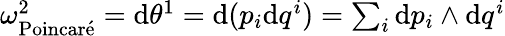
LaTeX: \begin{array}{r}{\omega_{\mathrm{Poincar\acute{e}}}^{2}=\mathrm{d}\theta^{1}=\mathrm{d}(p_{i}\mathrm{d}q^{i})=\sum_{i}\mathrm{d}p_{i}\wedge\mathrm{d}q^{i}}\end{array}